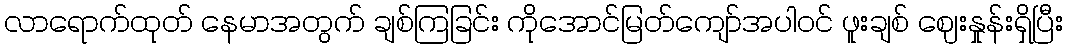
လာရောက်ထုတ် နေမာအတွက် ချစ်ကြခြင်း ကိုအောင်မြတ်ကျော်အပါဝင် ဖူးချစ် ဈေးနှုန်းရှိပြီး